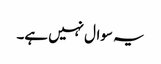
یہ سوال نہیں ہے۔